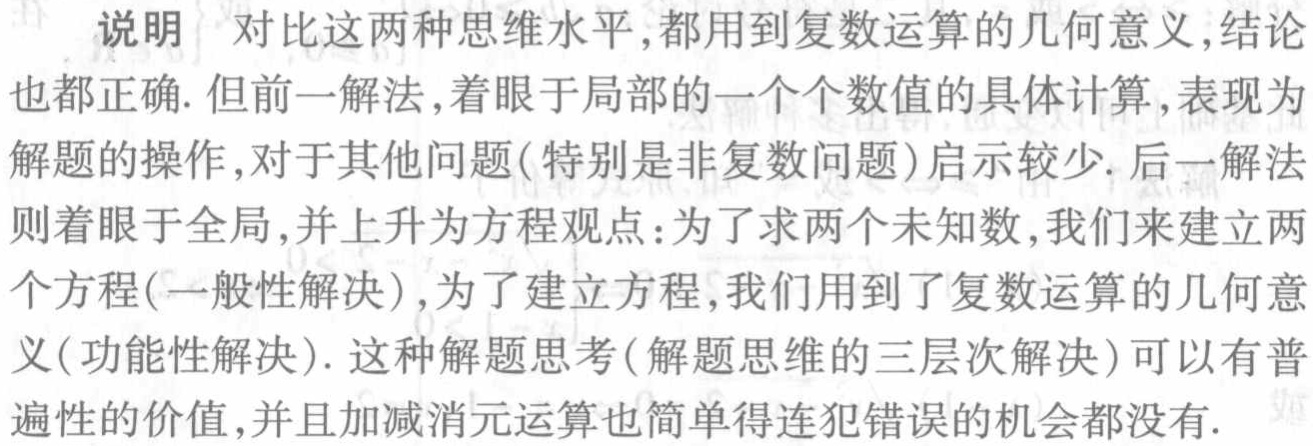
说明 对比这两种思维水平,都用到复数运算的几何意义,结论

也都正确. 但前一解法,着眼于局部的一个个数值的具体计算,表现为

解题的操作,对于其他问题(特别是非复数问题)启示较少. 后一解法

则着眼于全局,并上升为方程观点:为了求两个未知数,我们来建立两

个方程(一般性解决),为了建立方程,我们用到了复数运算的几何

义(功能性解决). 这种解题思考(解题思维的三层次解决)可以有普

遍性的价值,并且加减消元运算也简单得连犯错误的机会都没有.